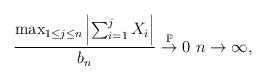
LaTeX: \begin{align*}\dfrac{\max_{1\le j\le n}\left|\sum_{i=1}^{j}X_i\right|}{b_n}\overset{\mathbb{P}}{\to}0\ n\to\infty,\end{align*}